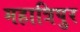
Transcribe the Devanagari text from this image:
महात्रिपुर